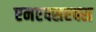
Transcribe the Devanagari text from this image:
एनएक्सएक्स